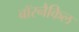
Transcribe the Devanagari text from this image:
बॉरनैकिल